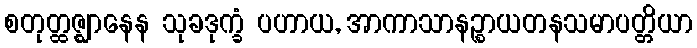
စတုတ္ထဇ္ဈာနေန သုခဒုက္ခံ ပဟာယ, အာကာသာနဉ္စာယတနသမာပတ္တိယာ